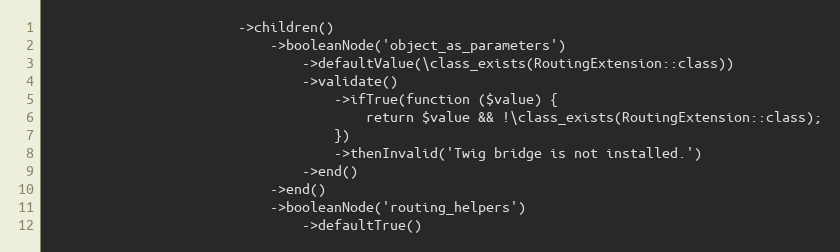
Language: PHP
                        ->children()
                            ->booleanNode('object_as_parameters')
                                ->defaultValue(\class_exists(RoutingExtension::class))
                                ->validate()
                                    ->ifTrue(function ($value) {
                                        return $value && !\class_exists(RoutingExtension::class);
                                    })
                                    ->thenInvalid('Twig bridge is not installed.')
                                ->end()
                            ->end()
                            ->booleanNode('routing_helpers')
                                ->defaultTrue()